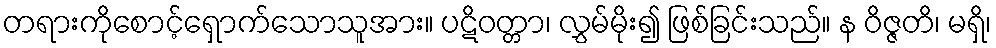
တရားကိုစောင့်ရှောက်သောသူအား။ ပဋိဝတ္တာ၊ လွှမ်မိုး၍ ဖြစ်ခြင်းသည်။ န ဝိဇ္ဇတိ၊ မရှိ၊